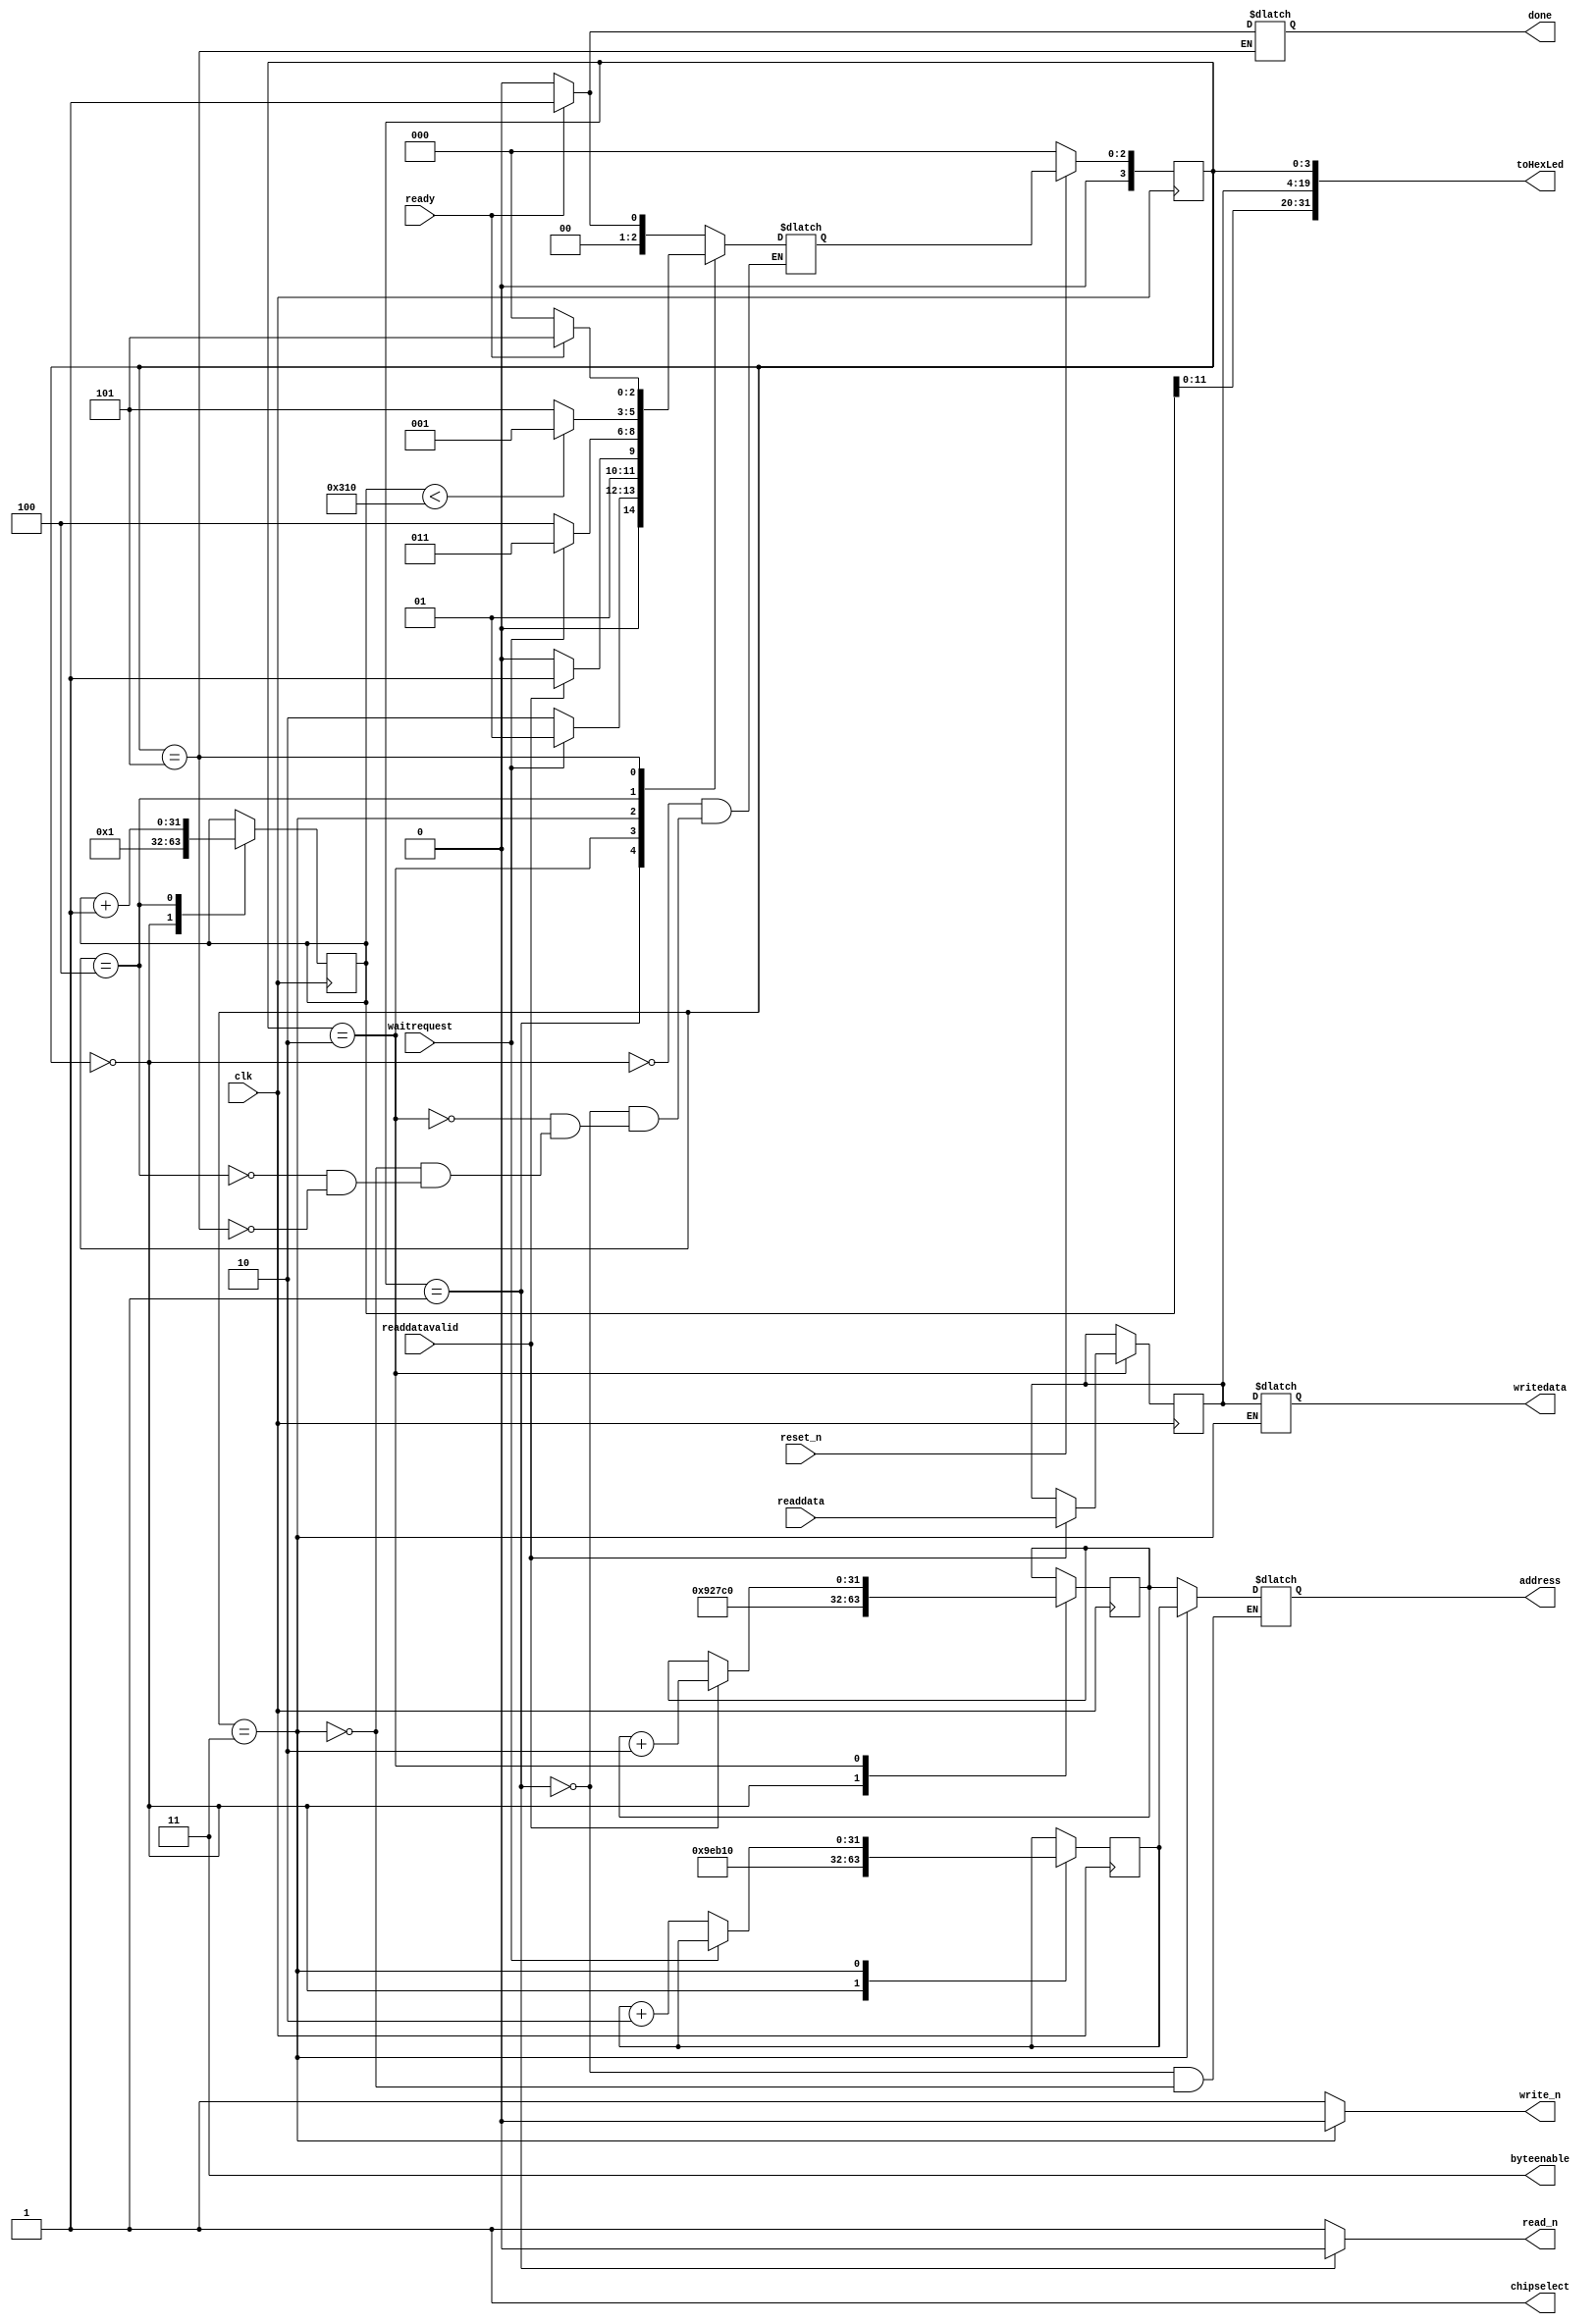
// this reads 784 from addresses and copies to another 784 adddress

module sdram_read_write(
input clk,
input reset_n,
input waitrequest,
input readdatavalid,
input [15:0] readdata,

output chipselect,
output [1:0] byteenable,
output reg read_n,
output reg write_n,

output reg [15:0] writedata,
output reg [31:0] address,

input ready,
output reg done,
output [31:0] toHexLed
);


	localparam LAYER1_BASE = 32'd650_000;
	localparam TD_BASE = 32'd600_000;
	
	reg [15:0] data = 16'hDBAC;
	reg [3:0] state;
	reg [3:0] nextstate = 0;
	reg [31:0] addr = TD_BASE;
	reg [31:0] addw = LAYER1_BASE;
	reg [31:0] counter = 1;

	assign toHexLed = {counter,data,state};

	assign chipselect = 1;
	assign byteenable = 2'b11;

	always @ (posedge clk)
	begin
		state <= nextstate;
		if(reset_n == 0)
		begin
			state <= 0;
		end
	end

	always @ (posedge clk)
	begin
		counter <= counter;
		addr <= addr;
		addw <= addw;
		
		case(state)
			4'h0:
			begin
				counter <= 1;
				addr <= TD_BASE;
				addw <= LAYER1_BASE;
			end

			// Read request
			4'h1:
			begin

			end

			// Read request pt2
			4'h2:
			begin
				data <= (readdatavalid) ? readdata : data;
				addr <= (readdatavalid) ? addr + 2 : addr;
			end

			// Write request
			4'h3:
			begin
				addw <= (waitrequest) ? addw : addw + 2;
			end

			4'h4:
			begin
				counter <= counter + 1;
			end

			4'h5:
			begin
			end
		endcase
	end

	always @ (*)
	begin
		// state [7:0] <= nextstate [7:0];
		read_n <= 1;
		write_n <= 1;
		address <= address;

		case(state)
			// Wait for ready == 1
			4'h0:
			begin
				nextstate <= (ready) ? 1 : 0;
			end

			// Read request
			4'h1:
			begin
				read_n <= 0;
				address <= addr;
				nextstate <= (waitrequest) ? 1 : 2;
			end

			// Read request pt2
			4'h2:
			begin
				nextstate <= (readdatavalid) ? 3 : 2;
			end

			// Write Request
			4'h3:
			begin
				write_n <= 0;
				address <= addw;
				writedata <= data;
				nextstate <= (waitrequest) ? 3 : 4;
			end

			4'h4:
			begin
				nextstate <= (counter < 784) ? 1 : 5;
			end

			4'h5:
			begin
				done <= (ready) ? 1 : 0;
				nextstate <= (ready) ? 5 : 0;
			end
		endcase
	end

endmodule